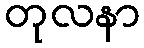
တုလနာ